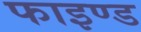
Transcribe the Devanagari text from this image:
फाइण्ड